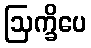
ဩက္ခိပေ